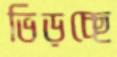
ভিড়চ্ছে